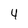
Character: 4